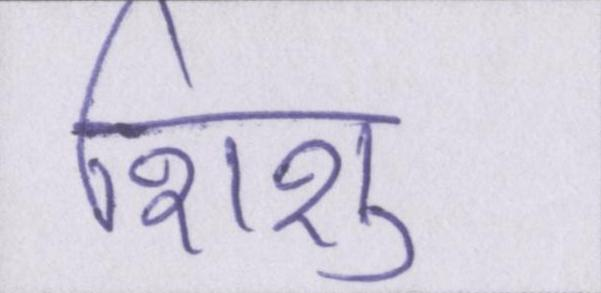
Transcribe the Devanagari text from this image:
शिशु